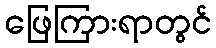
ဖြေကြားရာတွင်